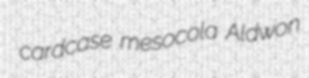
cardcase mesocola Aldwon